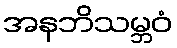
အနဘိသမ္ဘဝံ